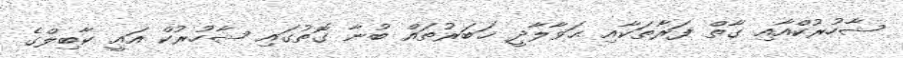
ޝާހުރުކްއާއި ގާތް ފަރާތަކާއި ޙަވާލާދީ ޚަބަރުތައް ބުނާ ގޮތުގައި ޝާހުރުކް އައީ ކާބިލްގެ